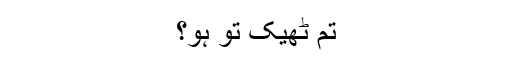
تم ٹھیک تو ہو؟